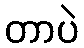
တာပဲ